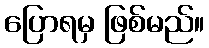
ပြောရမှ ဖြစ်မည်။